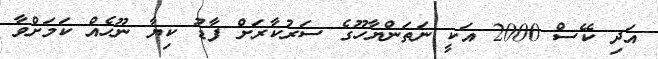
އަދި ކޭސް 2000 އަކީ ނަތަންޔާހޫގެ ސަރުކާރަށް ފާޑު ކިޔާ ނޫހެއް ކަމަށްވާ